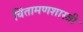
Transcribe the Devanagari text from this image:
चिंतामणशास्त्री